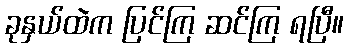
ခုနှယ်ထဲက ပြင်ကြ ဆင်ကြ ရပြီ။